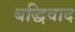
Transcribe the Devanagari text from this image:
बद्धिवाद